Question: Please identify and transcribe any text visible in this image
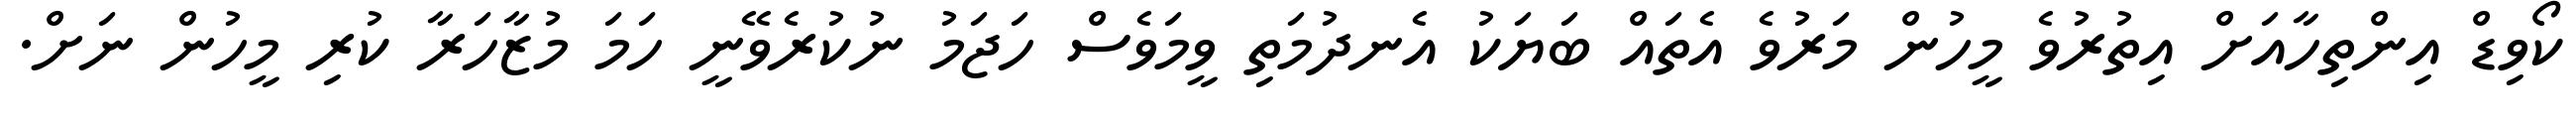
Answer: ކޯވިޑް އިންތިހާއަށް އިތުރުވެ މީހުން މަރުވެ އެތައް ބަޔަކު އެނދުމަތި ވީމަވެސް ހަޖަމު ނުކުރެވޭނީ ހަމަ މުޒާހަރާ ކުރި މީހުން ނަށް.